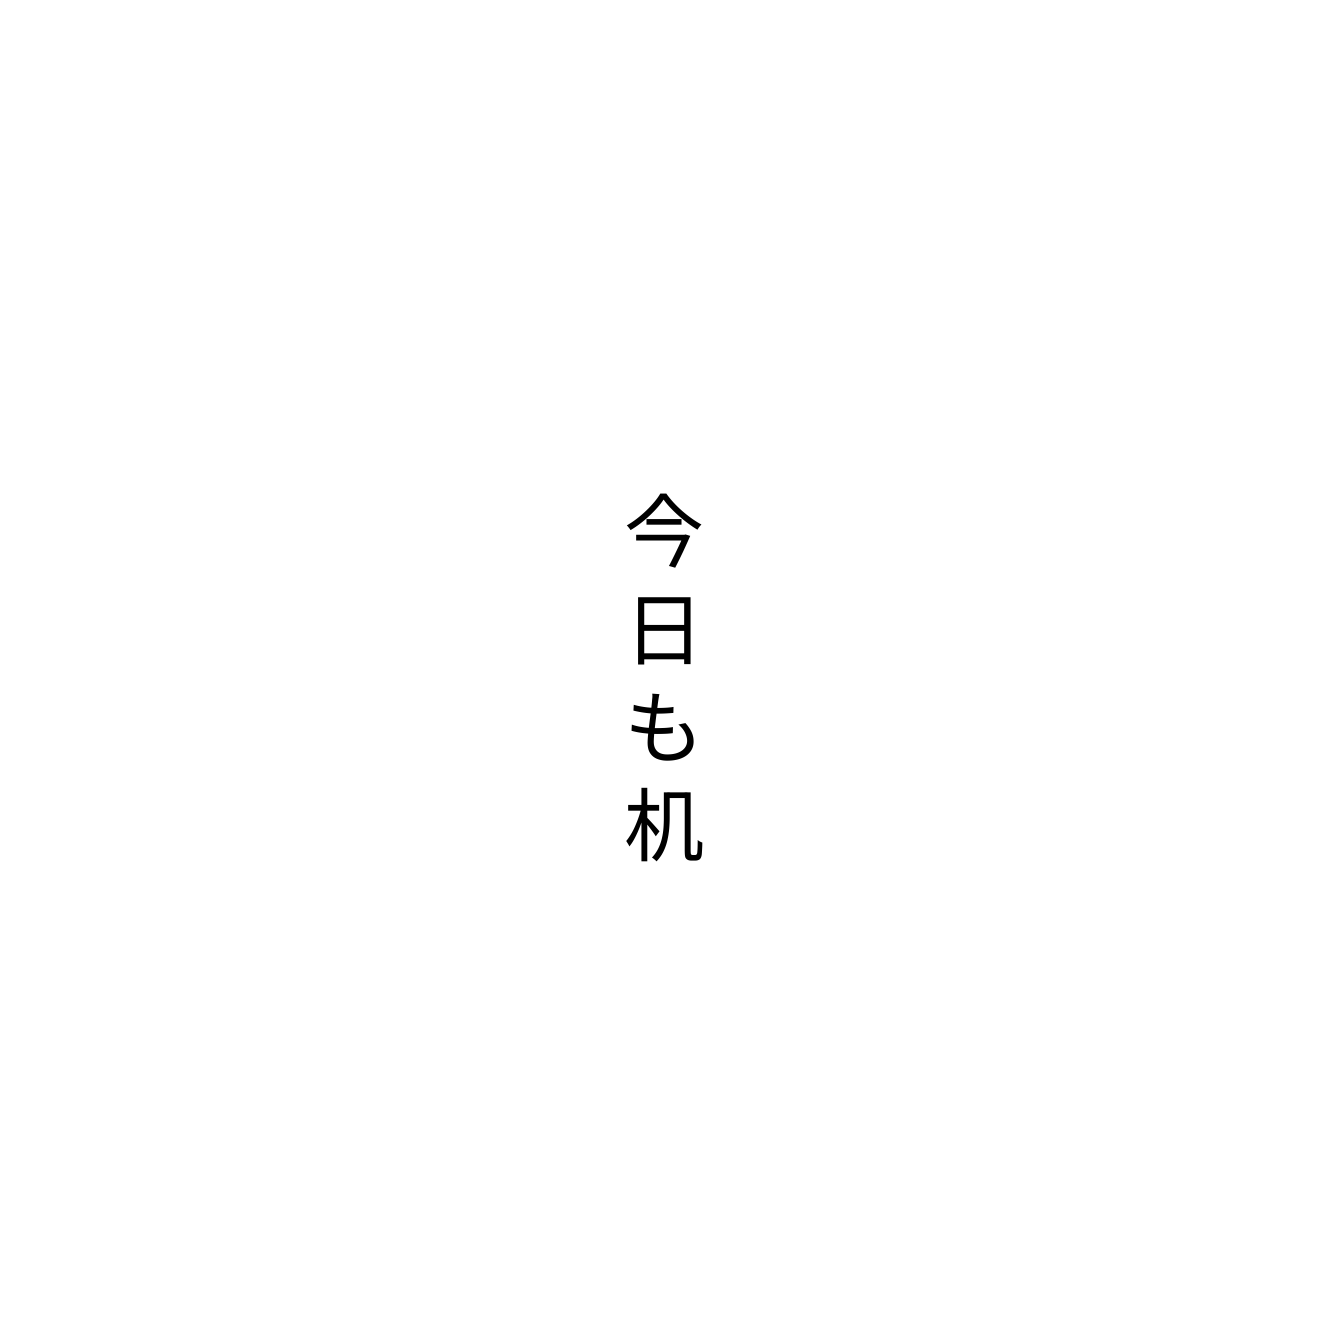
今日も机